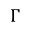
\Gamma